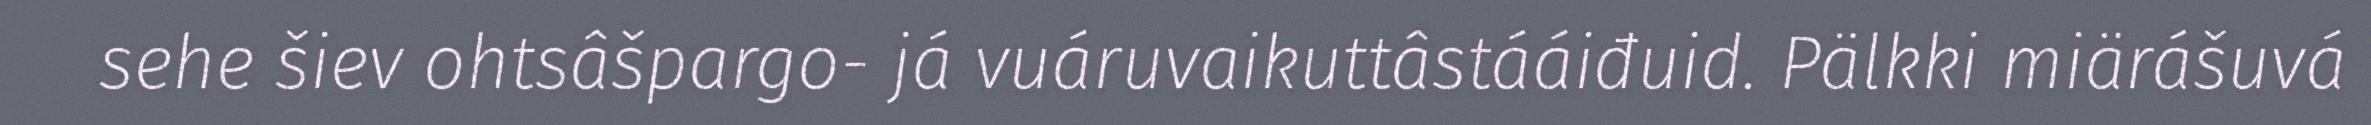
sehe šiev ohtsâšpargo- já vuáruvaikuttâstááiđuid. Pälkki miärášuvá